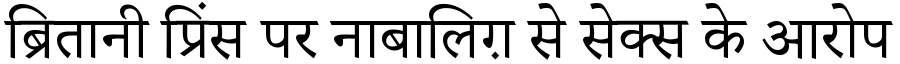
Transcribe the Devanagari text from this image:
ब्रितानी प्रिंस पर नाबालिग़ से सेक्स के आरोप